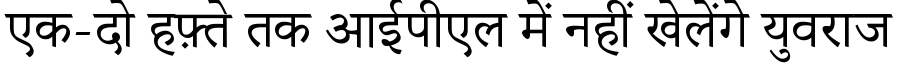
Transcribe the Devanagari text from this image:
एक-दो हफ़्ते तक आईपीएल में नहीं खेलेंगे युवराज